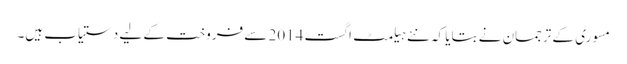
مسوری کے ترجمان نے بتایا کہ نئے ہیلمٹ اگست 2014 سے فروخت کے لیے دستیاب ہیں۔